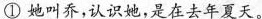
① 她叫乔，认识她，是在去年夏天。